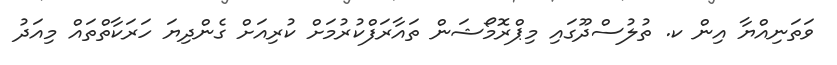
ވަތަނިއްޔާ އިން ކ. ތުލުސްދޫގައި މިޕްރޮމޯޝަން ތައާރަފްކުރުމަށް ކުރިއަށް ގެންދިޔަ ހަރަކާތްތައް މިއަދު